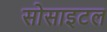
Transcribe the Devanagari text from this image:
सोसाइटल